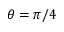
\theta = \pi / 4